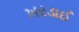
ખરડાઈ